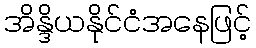
အိန္ဒိယနိုင်ငံအနေဖြင့်